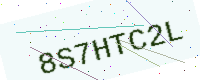
Text: 8S7HTC2L